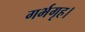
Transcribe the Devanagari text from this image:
गर्भगृह।